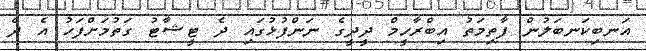
އަނބިކަނބަލުން ފާތިމަތު އިބްރާހީމް ދީދީގެ ނަންފުޅުގައި ދެ ޓީޝާޓު ގަތުމަށްފަހު އެ ދެ